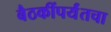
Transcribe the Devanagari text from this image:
बैठकींपर्यंतचा